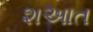
શઆત